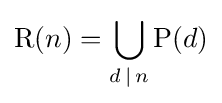
\operatorname {R} (n)=\bigcup _{d\,|\,n}\operatorname {P} (d)